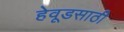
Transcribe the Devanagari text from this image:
हेवूडसाठी